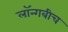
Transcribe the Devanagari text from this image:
लॉन्गबीच